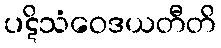
ပဋိသံဝေဒယတီတိ